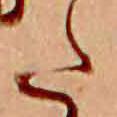
た